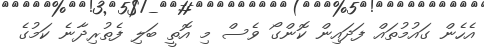
އެހެން ގައުމުތައް ފަދައިން ކޮންގޯ ވެސް މި އޮތީ ބަލި ފެތުރިދާނެ ކަމުގެ